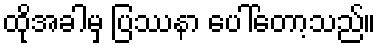
ထိုအခါမှ ပြဿနာ ပေါ်တော့သည်။